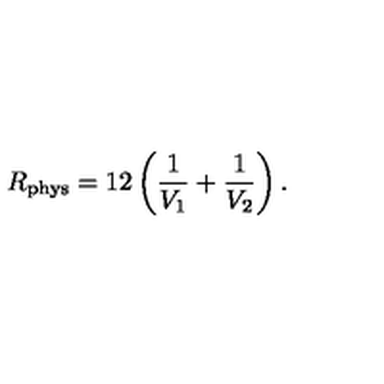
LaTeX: R _ { \mathrm { p h y s } } = 1 2 \left( \frac { 1 } { V _ { 1 } } + \frac { 1 } { V _ { 2 } } \right) .